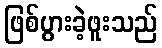
ဖြစ်ပွားခဲ့ဖူးသည်